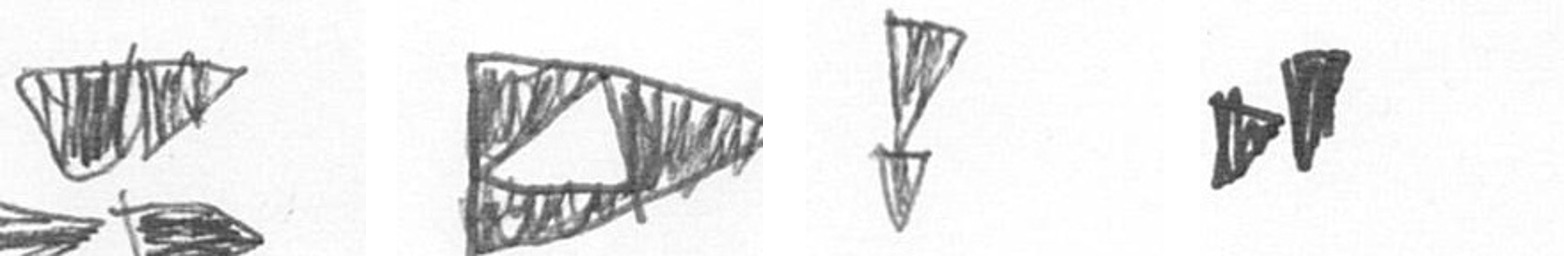
B K Z M